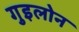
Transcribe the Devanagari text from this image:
गुइलोन